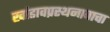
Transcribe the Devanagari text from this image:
खांडावप्रस्थनावाचा